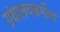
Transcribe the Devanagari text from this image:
ग्रंथालयकर्मीला